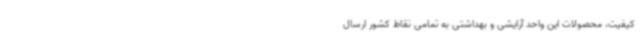
کیفیت، محصولات این واحد آرایشی و بهداشتی به تمامی نقاط کشور ارسال